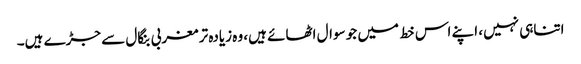
اتناہی نہیں، اپنے اس خط میں جو سوال اٹھائے ہیں، وہ زیادہ تر مغربی بنگال سے جڑے ہیں۔